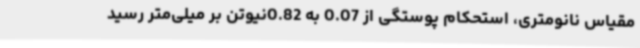
مقیاس نانومتری، استحکام پوستگی از 0.07 به 0.82نیوتن بر میلی‌متر رسید